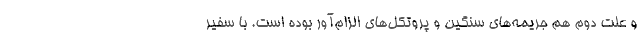
و علت دوم هم جریمه‌های سنگین و پروتکل‌های الزام‌آور بوده است. با سفیر